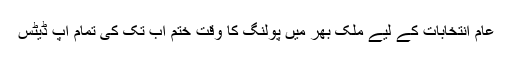
عام انتخابات کے لیے ملک بھر میں پولنگ کا وقت ختم اب تک کی تمام اپ ڈیٹس